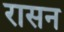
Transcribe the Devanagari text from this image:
रासन